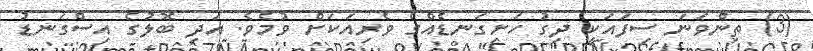
(3) ތިންވަނަ ސިފައަކީ ދިގު ހަށިގަނޑެއްގެ ވެރިއަކަށް ވުމެވެ. އަދި ބޮލުގެ އިސްގަނޑު